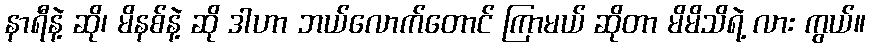
နာရီနဲ့ ဆို၊ မိနစ်နဲ့ ဆို ဒါဟာ ဘယ်လောက်တောင် ကြာမယ် ဆိုတာ မိမိသိရဲ့ လား ကွယ်။